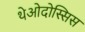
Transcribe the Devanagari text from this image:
थेओदोस्सिस